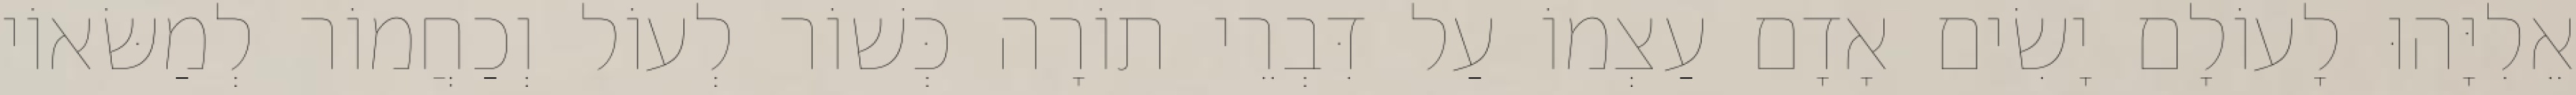
אֵלִיָּהוּ לָעוֹלָם יָשִׂים אָדָם עַצְמוֹ עַל דִּבְרֵי תוֹרָה כְּשׁוֹר לְעוֹל וְכַחֲמוֹר לְמַשּׂאוֹי